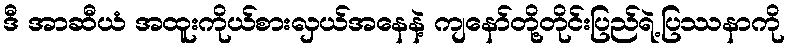
ဒီ အာဆီယံ အထူးကိုယ်စားလှယ်အနေနဲ့ ကျနော်တို့တိုင်းပြည်ရဲ့ပြဿနာကို